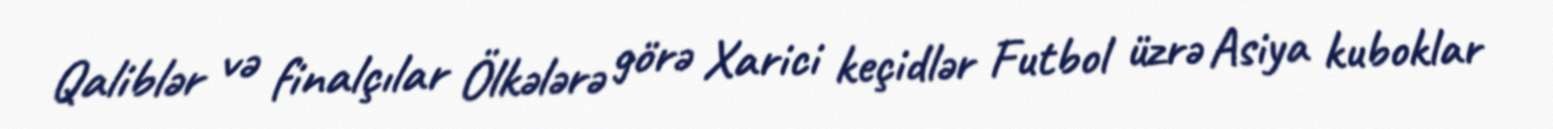
Qaliblər və finalçılar Ölkələrə görə Xarici keçidlər Futbol üzrə Asiya kuboklar